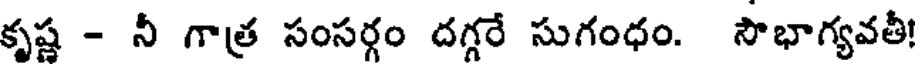
కృష్ణ - నీ గాత్ర సంసర్గం దగ్గరే సుగంధం. సౌభాగ్యవతీ!